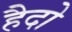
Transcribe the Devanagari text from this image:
हैदो